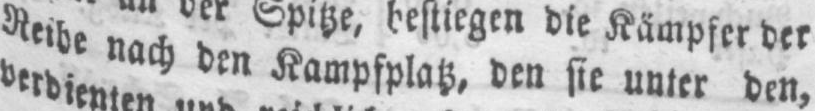
Reihe nach den Kampfplatz, den sie unter den,